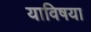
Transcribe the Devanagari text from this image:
याविषया